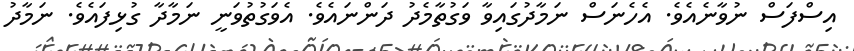
އިސްފަސް ނުވާނެއެވެ. އެހެނަސް ނަމާދުގައިވާ ވަގުތާމެދު ދަންނައެވެ. އެވަގުތުވަނީ ނަމާދާ ގުޅިފައެވެ. ނަމާދު